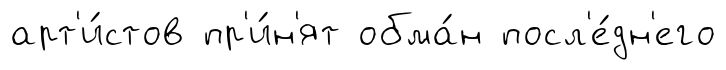
арт'и́стов пр'и́н'ят обма́н посл'е́дн'его